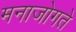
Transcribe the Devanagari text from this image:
मनाजोगते